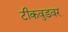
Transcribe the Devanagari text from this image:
टीकवुडवर